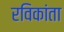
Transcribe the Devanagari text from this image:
रविकांता